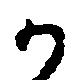
か